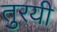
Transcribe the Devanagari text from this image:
तुरयी